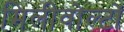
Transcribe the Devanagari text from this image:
मिलीवोल्टों